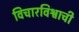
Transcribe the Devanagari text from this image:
विचारविश्वाची